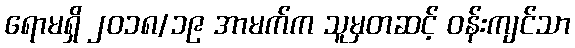
ရောမရှိ ၂၀၁၈/၁၉ အာမက်က သူမှတဆင့် ဝန်းကျင်သာ